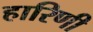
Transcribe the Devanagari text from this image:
हारिणी